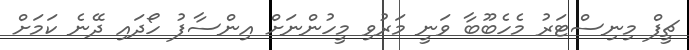
ޗީފް މިނިސްޓަރު މެހެބޫބާ ވަނީ މަރުވި މީހުންނަށް އިންސާފު ހޯދައި ދޭނެ ކަމަށް